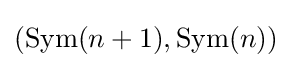
({\text{Sym}}(n+1),{\text{Sym}}(n))